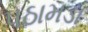
પઠામડા